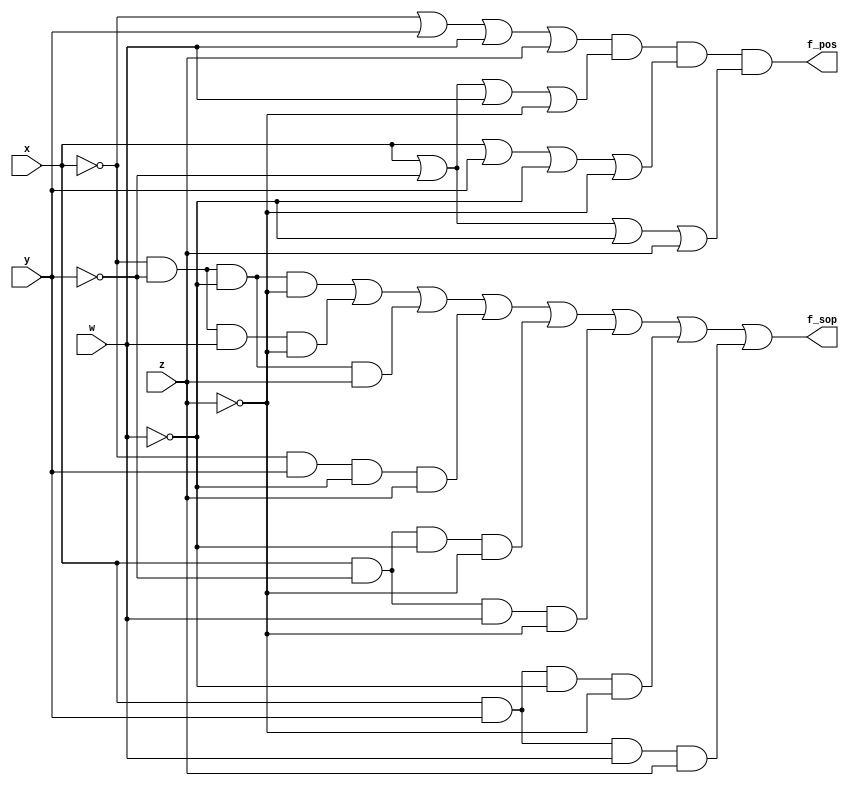
/*

Guia_0405.v
Aluno- Arthur Martinho Medeiros Oliveira	
Matricula- 813168

*/
module SOP_PoS_e(output f_sop, f_pos, input x, y, w, z);

assign f_sop = (~x & ~y & ~w & ~z) | (~x & ~y & w & ~z) | (~x & ~y & ~w & z) | (~x & y & ~w & z) |
                (x & ~y & ~w & ~z) | (x & ~y & w & ~z) | (x & y & ~w & ~z) | (x & y & w & z);
assign f_pos = (~x | y | w | z) & (x | ~y | w | ~z) & (x | y | ~w | ~z) & (x | ~y | ~w | z);

endmodule